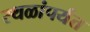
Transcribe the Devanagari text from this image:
स्थळांपर्यंत